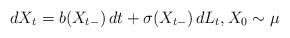
LaTeX: \begin{align*}dX_t = b(X_{t-}) \, dt + \sigma(X_{t-}) \, dL_t, X_0 \sim \mu \end{align*}